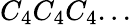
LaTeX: C_{4}C_{4}C_{4}...